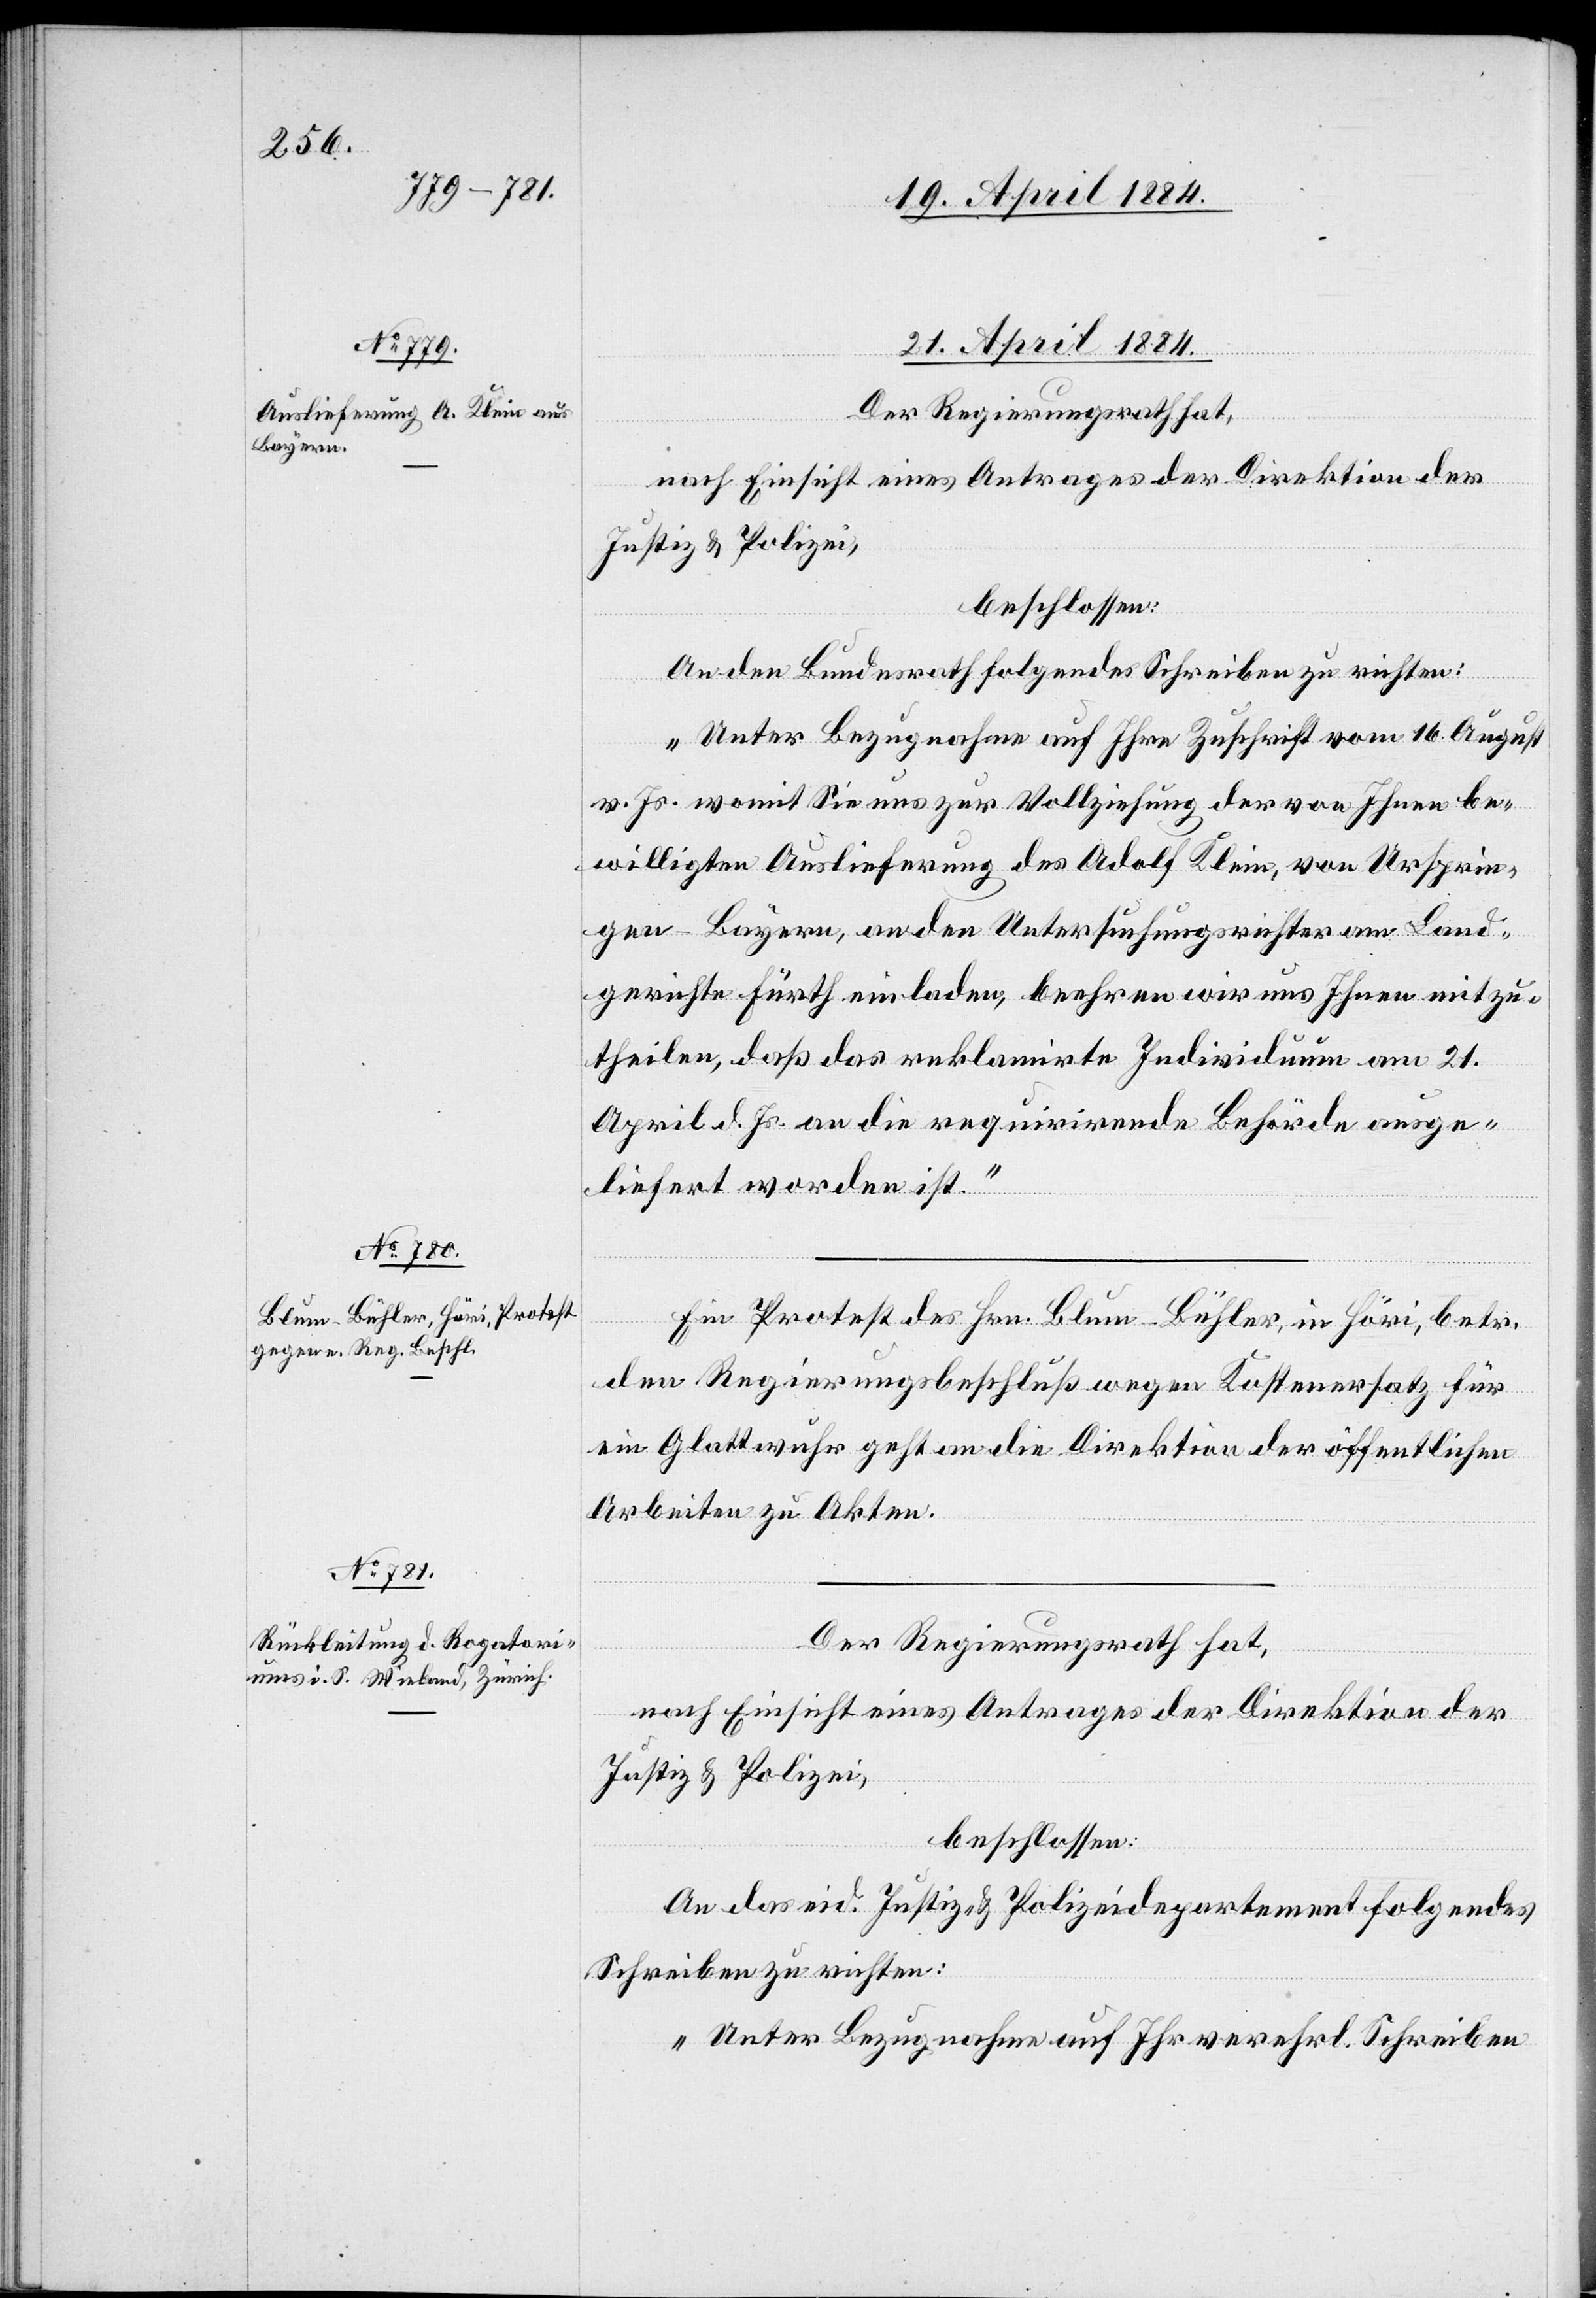
21. April 1884.]
ial-V¬
Der Regierungsrath hat,
erfügungen.
nach Einsicht eines Antrages der Direktion der
Justiz- & Polizei,
beschlossen:
An den Bundesrath folgendes Schreiben zu richten:
„Unter Bezugnahme auf Ihre Zuschrift vom 16. August
v. Js. womit Sie uns zur Vollziehung der von Ihnen be¬
willigten Auslieferung des Adolf Klein, von Ursprin¬
gen - Bayern, an den Untersuchungsrichter am Land¬
gerichte Fürth einladen, beehren wir uns Ihnen mitzu¬
theilen, daß das reklamirte Individuum am 21.
April d. Js. an die requirirende Behörde ausge¬
liefert worden ist.“
Ein Protest des Hrn. Blum-Bühler, in Höri, betr.
den Regierungsbeschluß wegen Kostenersatz für
ein Glattwuhr geht an die Direktion der öffentlichen
Arbeiten zu Akten.
Der Regierungsrath hat,
nach Einsicht eines Antrages der Direktion der
Justiz- & Polizei,
beschlossen:
An das eid. Justiz- & Polizeidepartement folgendes
Schreiben zu richten:
„Unter Bezugnahme auf Ihr verehrl. Schreiben